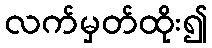
လက်မှတ်ထိုး၍